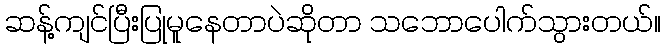
ဆန့်ကျင်ပြီးပြုမူနေတာပဲဆိုတာ သဘောပေါက်သွားတယ်။